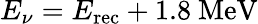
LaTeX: E_{\nu}=E_{\mathrm{rec}}+1.8~\mathrm{MeV}